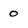
Character: 0